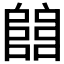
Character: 𨺅